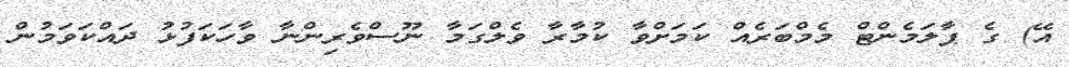
އޭ) ގެ ޕާލަމެންޓް މެމްބަރެއް ކަމަށްވާ ކުމާރާ ވެލްގަމާ ނޫސްވެރިންނާ ވާހަކަފުޅު ދައްކަވަމުން